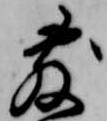
敷